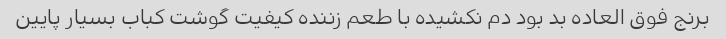
برنج فوق العاده بد بود دم نکشیده با طعم زننده کیفیت گوشت کباب بسیار پایین